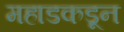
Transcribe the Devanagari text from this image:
महाडकडून